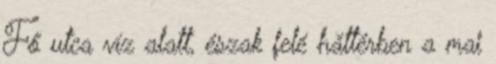
Fő utca víz alatt, észak felé háttérben a mai